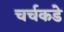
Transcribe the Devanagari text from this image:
चर्चकडे